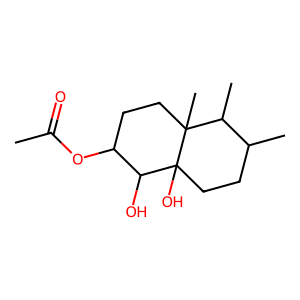
SMILES: CC(=O)OC1CCC2(C)C(C)C(C)CCC2(O)C1O
Inhibits HIV replication: No